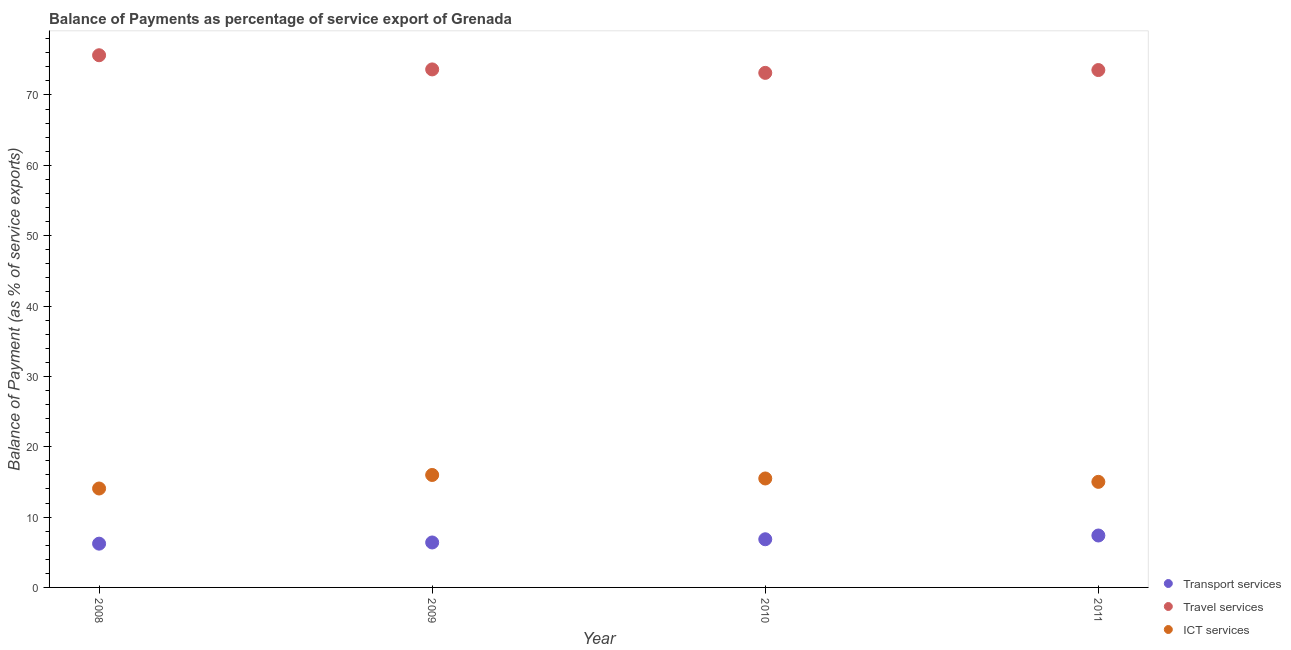
| Year | Transport services | Travel services | ICT services |
 | --- | --- | --- | --- |
 | 2008 | 6.22 | 75.7 | 14.1 |
 | 2009 | 6.39 | 73.6 | 16 |
 | 2010 | 6.85 | 73.1 | 15.5 |
 | 2011 | 7.38 | 73.5 | 15 |